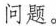
_问题。